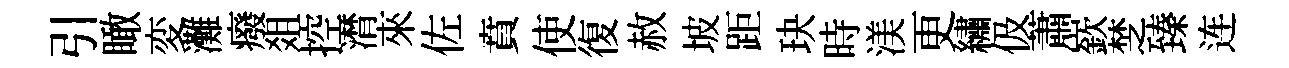
引瞰変灘癈爼控潸來佐賁使復赦坡距玦時渼更繡伋蕭嶔椘臻连